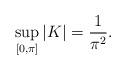
LaTeX: \begin{align*}\sup_{[0,\pi]}|K|=\frac{1}{\pi^{2}}.\end{align*}